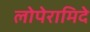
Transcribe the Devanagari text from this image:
लोपेरामिदे